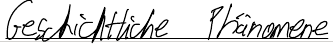
Geschichtliche Phänomene